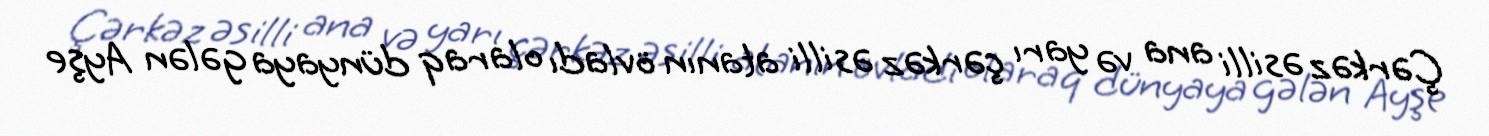
Çərkəz əsilli ana və yarı çərkəz əsilli atanın övladı olaraq dünyaya gələn Ayşe